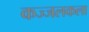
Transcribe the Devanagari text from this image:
कज्जलकला